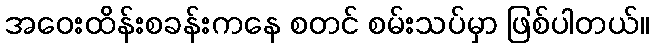
အဝေးထိန်းစခန်းကနေ စတင် စမ်းသပ်မှာ ဖြစ်ပါတယ်။